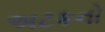
અટકનો